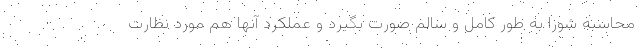
محاسبه شورا به طور کامل و سالم صورت بگیرد و عملکرد آنها هم مورد نظارت